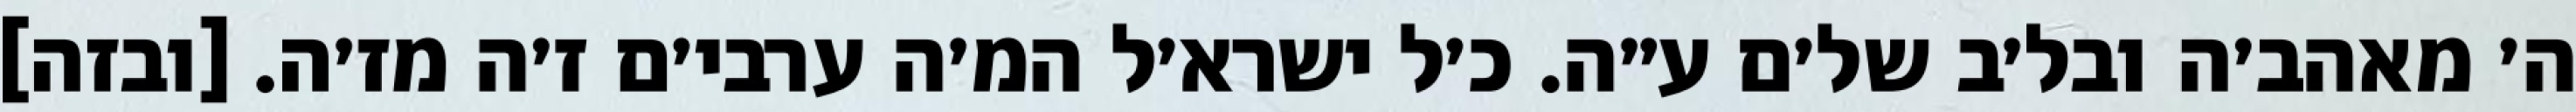
ה׳ מאהב׳ה ובל׳ב של׳ם ע״ה. כ׳ל ישרא׳ל המ׳ה ערבי׳ם ז׳ה מז׳ה. [ובזה]